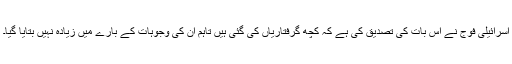
اسرائیلی فوج نے اس بات کی تصدیق کی ہے کہ کچھ گرفتاریاں کی گئی ہیں تاہم ان کی وجوہات کے بارے میں زیادہ نہیں بتایا گیا۔